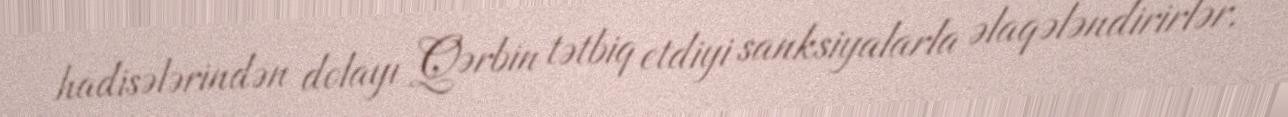
hadisələrindən dolayı Qərbin tətbiq etdiyi sanksiyalarla əlaqələndirirlər.